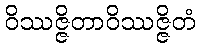
ဝိဿဇ္ဇိတာဝိဿဇ္ဇိတံ